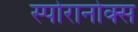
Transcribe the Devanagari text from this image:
स्पोरानोक्स